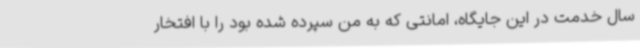
سال خدمت در این جایگاه، امانتی که به من سپرده شده بود را با افتخار